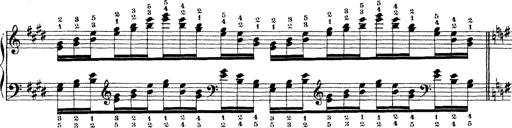
Title: Technische Studien
Composer: Franz Liszt